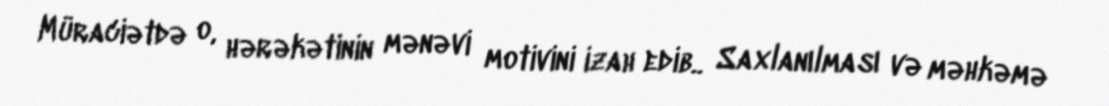
Müraciətdə o, hərəkətinin mənəvi motivini izah edib.. Saxlanılması və məhkəmə